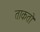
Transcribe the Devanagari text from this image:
ताकतो